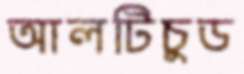
আলটিচুড